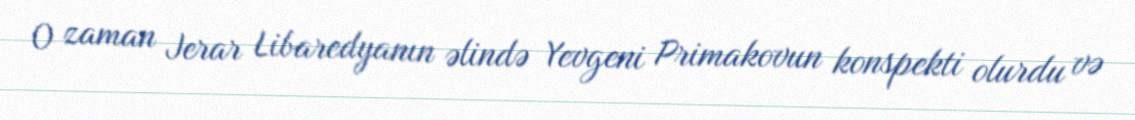
O zaman Jerar Libaredyanın əlində Yevgeni Primakovun konspekti olurdu və